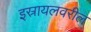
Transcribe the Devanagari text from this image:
इस्रायलवरील